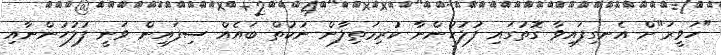
"ހަވީރަ"ށް އެނގިފައިވާ ގޮތުގައި ފުލުހުންނާ ކުރިމަތިލާން ނުކުތް ބައެއް ސިފައިން ވަނީ ފުލުހުންނާއި